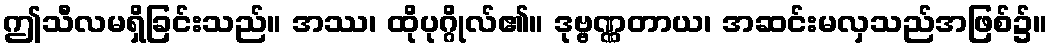
ဤသီလမရှိခြင်းသည်။ အဿ၊ ထိုပုဂ္ဂိုလ်၏။ ဒုဗ္ဗဏ္ဏတာယ၊ အဆင်းမလှသည်အဖြစ်၌။